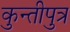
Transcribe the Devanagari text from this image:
कुन्तीपुत्र